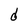
Character: d